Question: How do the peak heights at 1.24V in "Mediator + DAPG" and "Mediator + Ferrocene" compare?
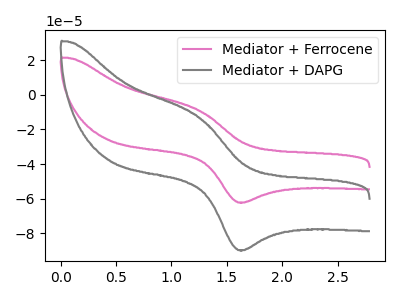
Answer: <think>The pink curve "Mediator + Ferrocene" has an anodic peak at (1.25V, -8.90uA) and a cathodic peak at (1.65V, -62.10uA). The gray curve "Mediator + DAPG" has an anodic peak at (1.25V, -12.85uA) and a cathodic peak at (1.65V, -89.60uA).</think>
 <answer>The peak at 1.24V is lower in "Mediator + DAPG" than in "Mediator + Ferrocene".</answer>
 <eval>lower</eval>